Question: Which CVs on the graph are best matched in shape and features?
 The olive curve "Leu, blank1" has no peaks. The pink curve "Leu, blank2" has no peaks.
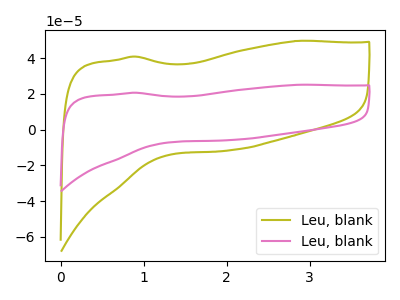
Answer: <think>Neither "Leu, blank1" or "Leu, blank2" have any peaks.
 </think>
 <answer>"Leu, blank1" and "Leu, blank2" have the same shape and are likely CV's of the same chemical.</answer>
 <eval>"Leu, blank1" "Leu, blank2"</eval>